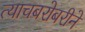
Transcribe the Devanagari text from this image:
त्याचबरोबरीने